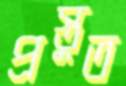
প্রস্তুত